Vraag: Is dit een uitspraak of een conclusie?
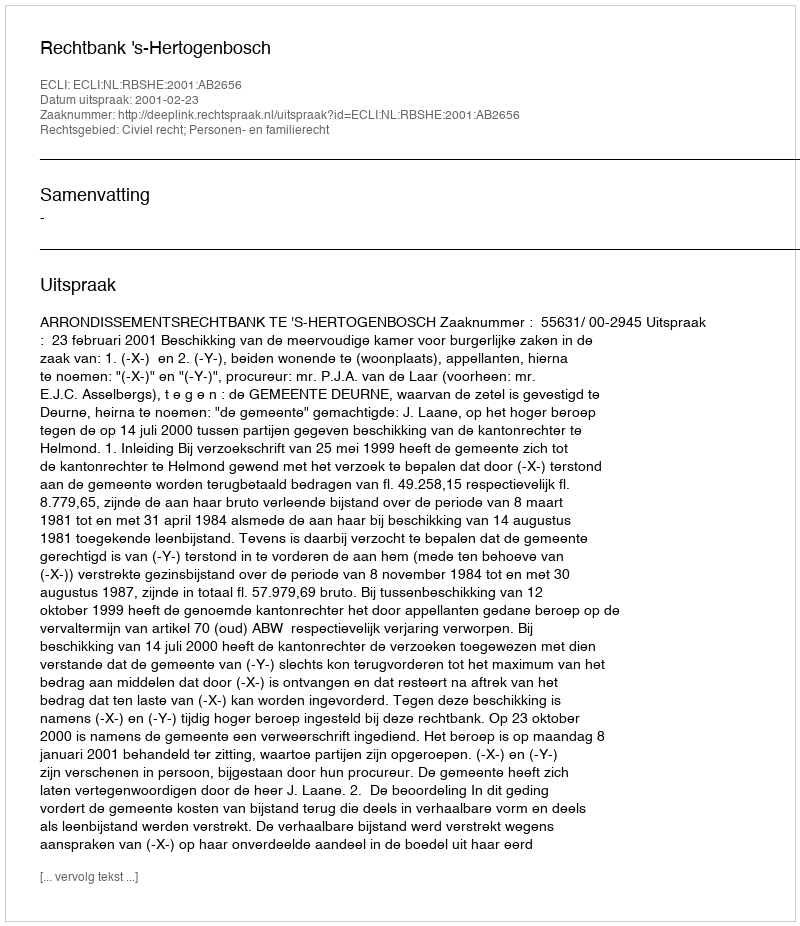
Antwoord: Uitspraak